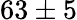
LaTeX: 63\pm 5